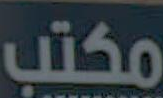
مكتب